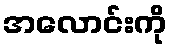
အလောင်းကို